Calcutta medical institutions reports 1871-78
Year: 1871
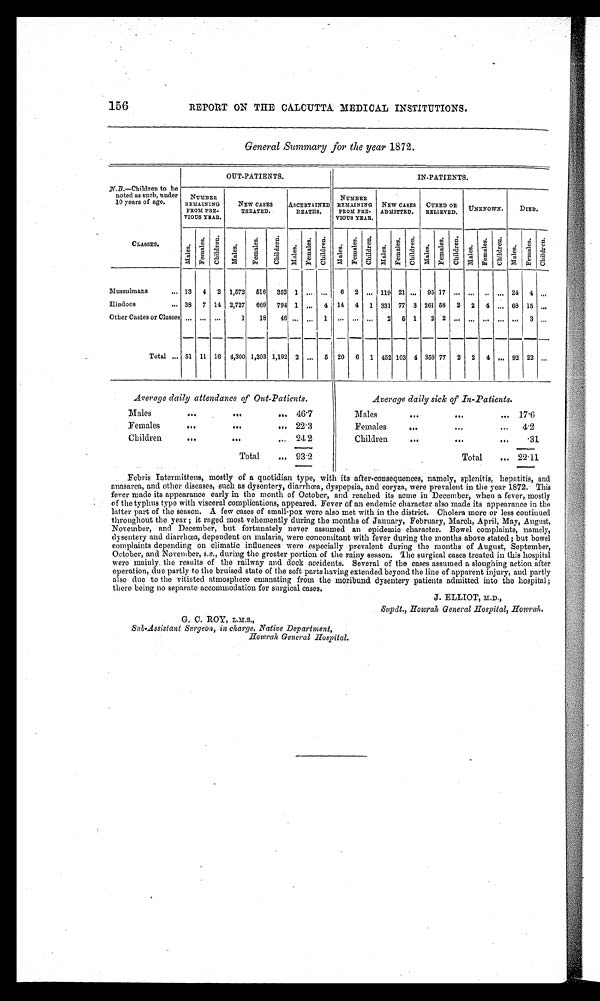
156
REPORT ON THE CALCUTTA MEDICAL INSTITUTIONS.
General Summary for the year 1872.
N.B.—Children to be
noted as such, under
10 years of age.
CLASSES.
OUT-PATIENTS.
IN-PATIENTS.
NUMBER
R E M A I N I N G
FROM PRE-
VIOUS YEAR.
NEW CASES
TREATED.
ASCERTAINED
DEATHS.
NUMBER
REMAINING
FROM PRE-
VIOUS YEAR.
NEW CASES
ADMITTED.
CURED OR
RELIEVED.
UNKNOWN.
DIED.
M a l e s .
F e m a l e s . C h i l d r e n .
M a l e s .
F e m a l e .
C h i l d r e n .
M a l e s .
Females. C h i l d r e n .
M a l e s .
F e m a l e s .
chi l dren.
Ma l e s .
F e m a l e s . C h i l d r e n .
Mal e.
F e ma l e s . children.
M a l e s .
F e m a l e s .
C h i l d r e n .
M a l e s .
F e m a l e s . C h i l d r e n .
Mussulmans
13 4 2 1,572 516 352 1 ... ...
6 2 ... 119 21 ... 95 17 ... ... .. ... 24 4
. . .
Hindoos
38 7 14 2,727 669 794 1 ... 4 14 4 1 331 77 3 261 58 2 2 4 ... 68 15 ...
Other Castes or Classes ...
. . .
...
1
18
46
. . . ... 1 ... ... ... 2 5 1
2 2 ... ... ... ... ... 3
. . .
Total
51 11 16 4,300 1,203 1,192 2 ... 5 20 6 1 452 103 4 358 77 2 2 4 ... 92 22 . . .
Average daily attendance of Out-Patients.
Average daily sick of In-Patients.
Males
. . .
. . . ... 46·7
Males
. . .
. . .
... 17·6
Females
. . .
. . . ...
22·3
Females
. . .
. . .
... 4·2
Children
. . .
...
... 24·2
Children
...
. . .
...·31
Total
... 93·2
Total
... 22·11
Febris Intermittens, mostly of a quotidian type, with its after-consequences, namely, splenitis, hepatitis, and
anasarca, and other diseases, such as dysentery, diarrhœa, dyspepsia, and coryza, were prevalent in the year 1872. This
fever made its appearance early in the month of October, and reached its acme in December, when a fever, mostly
of the typhus typo with visceral complications, appeared. Fever of an endemic character also made its appearance in the
latter part of the season. A few cases of small-pox were also met with in the district. Cholera more or less continued
throughout the year ; it raged most vehemently during the months of January, February, March, April, May, August,
November, and December, but fortunately never assumed an epidemic character. Bowel complaints, namely,
dysentery and diarrhea, dependent on malaria, were concomitant with fever during the months above stated ; but bowe
complaints depending on climatic influences were especially prevalent during the months of August, September,
October, and November, i.e., during the greater portion of the rainy season. The surgical cases treated in this hospital
were mainly the results of the railway and dock accidents. Several of the cases assumed a sloughing action after
operation, due partly to the bruised state of the soft parts having extended beyond the line of apparent injury, and partly
also due to the vitiated atmosphere emanating from the moribund dysentery patients admitted into the hospital;
there being no separate accommodation for surgical cases.
J. ELLIOT, M.D.,
Supdt., Howrah General Hospital, Howrah.
G. C. ROY, L,M.S.,
Sub-Assistant Surgeon, in charge, Native Department,
H o w r a h G e n e r a l H o s p i t a l .